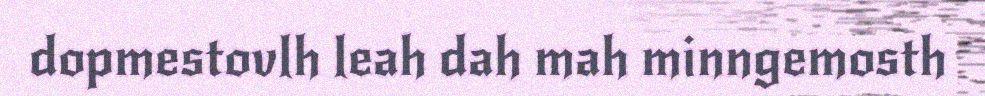
dopmestovlh leah dah mah minngemosth